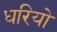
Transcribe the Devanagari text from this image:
धरियो